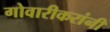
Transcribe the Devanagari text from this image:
गोवारीकरांनी